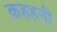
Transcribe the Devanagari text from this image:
कहहनी